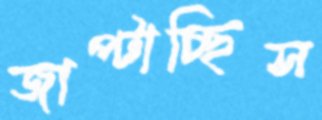
জাপ্‌টাচ্ছিস